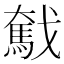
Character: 𢨗